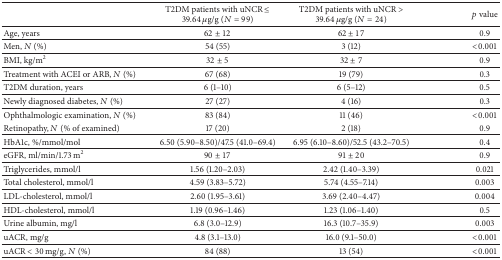
|  | T2DM patients with uNCR ≤ 39.64 μg/g (N = 99) | T2DM patients with uNCR > 39.64 μg/g (N = 24) | p value |
 | --- | --- | --- | --- |
 | Age, years | 62 ± 12 | 62 ± 17 | 0.9 |
 | Men, N (%) | 54 (55) | 3 (12) | <0.001 |
 | BMI, kg/m2 | 32 ± 5 | 32 ± 7 | 0.9 |
 | Treatment with ACEI or ARB, N (%) | 67 (68) | 19 (79) | 0.3 |
 | T2DM duration, years | 6 (1–10) | 6 (5–12) | 0.5 |
 | Newly diagnosed diabetes, N (%) | 27 (27) | 4 (16) | 0.3 |
 | Ophthalmologic examination, N (%) | 83 (84) | 11 (46) | <0.001 |
 | Retinopathy, N (% of examined) | 17 (20) | 2 (18) | 0.9 |
 | HbA1c, %/mmol/mol | 6.50 (5.90–8.50)/47.5 (41.0–69.4) | 6.95 (6.10–8.60)/52.5 (43.2–70.5) | 0.4 |
 | eGFR, ml/min/1.73 m2 | 90 ± 17 | 91 ± 20 | 0.9 |
 | Triglycerides, mmol/l | 1.56 (1.20–2.03) | 2.42 (1.40–3.39) | 0.021 |
 | Total cholesterol, mmol/l | 4.59 (3.83–5.72) | 5.74 (4.55–7.14) | 0.003 |
 | LDL-cholesterol, mmol/l | 2.60 (1.95–3.61) | 3.69 (2.40–4.47) | 0.004 |
 | HDL-cholesterol, mmol/l | 1.19 (0.96–1.46) | 1.23 (1.06–1.40) | 0.5 |
 | Urine albumin, mg/l | 6.8 (3.0–12.9) | 16.3 (10.7–35.9) | 0.003 |
 | uACR, mg/g | 4.8 (3.1–13.0) | 16.0 (9.1–50.0) | <0.001 |
 | uACR < 30 mg/g, N (%) | 84 (88) | 13 (54) | <0.001 |